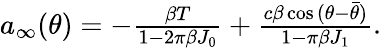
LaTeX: \begin{array}{r}{a_{\infty}(\theta)=-\frac{\beta T}{1-2\pi\beta J_{0}}+\frac{c\beta\cos{(\theta-\bar{\theta}})}{1-\pi\beta J_{1}}.}\end{array}